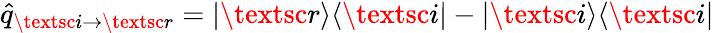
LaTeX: \hat{q}_{\textsc{i}\to\textsc{r}}=|\textsc{r}\rangle\langle\textsc{i}|-|\textsc{i}\rangle\langle\textsc{i}|